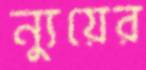
ন্যুয়ের